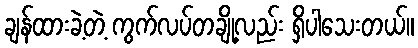
ချန်ထားခဲ့တဲ့ ကွက်လပ်တချို့လည်း ရှိပါသေးတယ်။